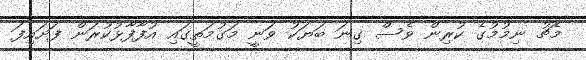
މެޗު ނިމުމުގެ ކުރިން ވެސް ގިނަ ބަޔަކު ވަނީ މަގުމަތީގައި އުފާފާޅުކުރަން ފަށައިފަ